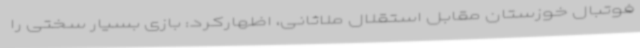
فوتبال خوزستان مقابل استقلال ملاثانی، اظهارکرد: بازی بسیار سختی را